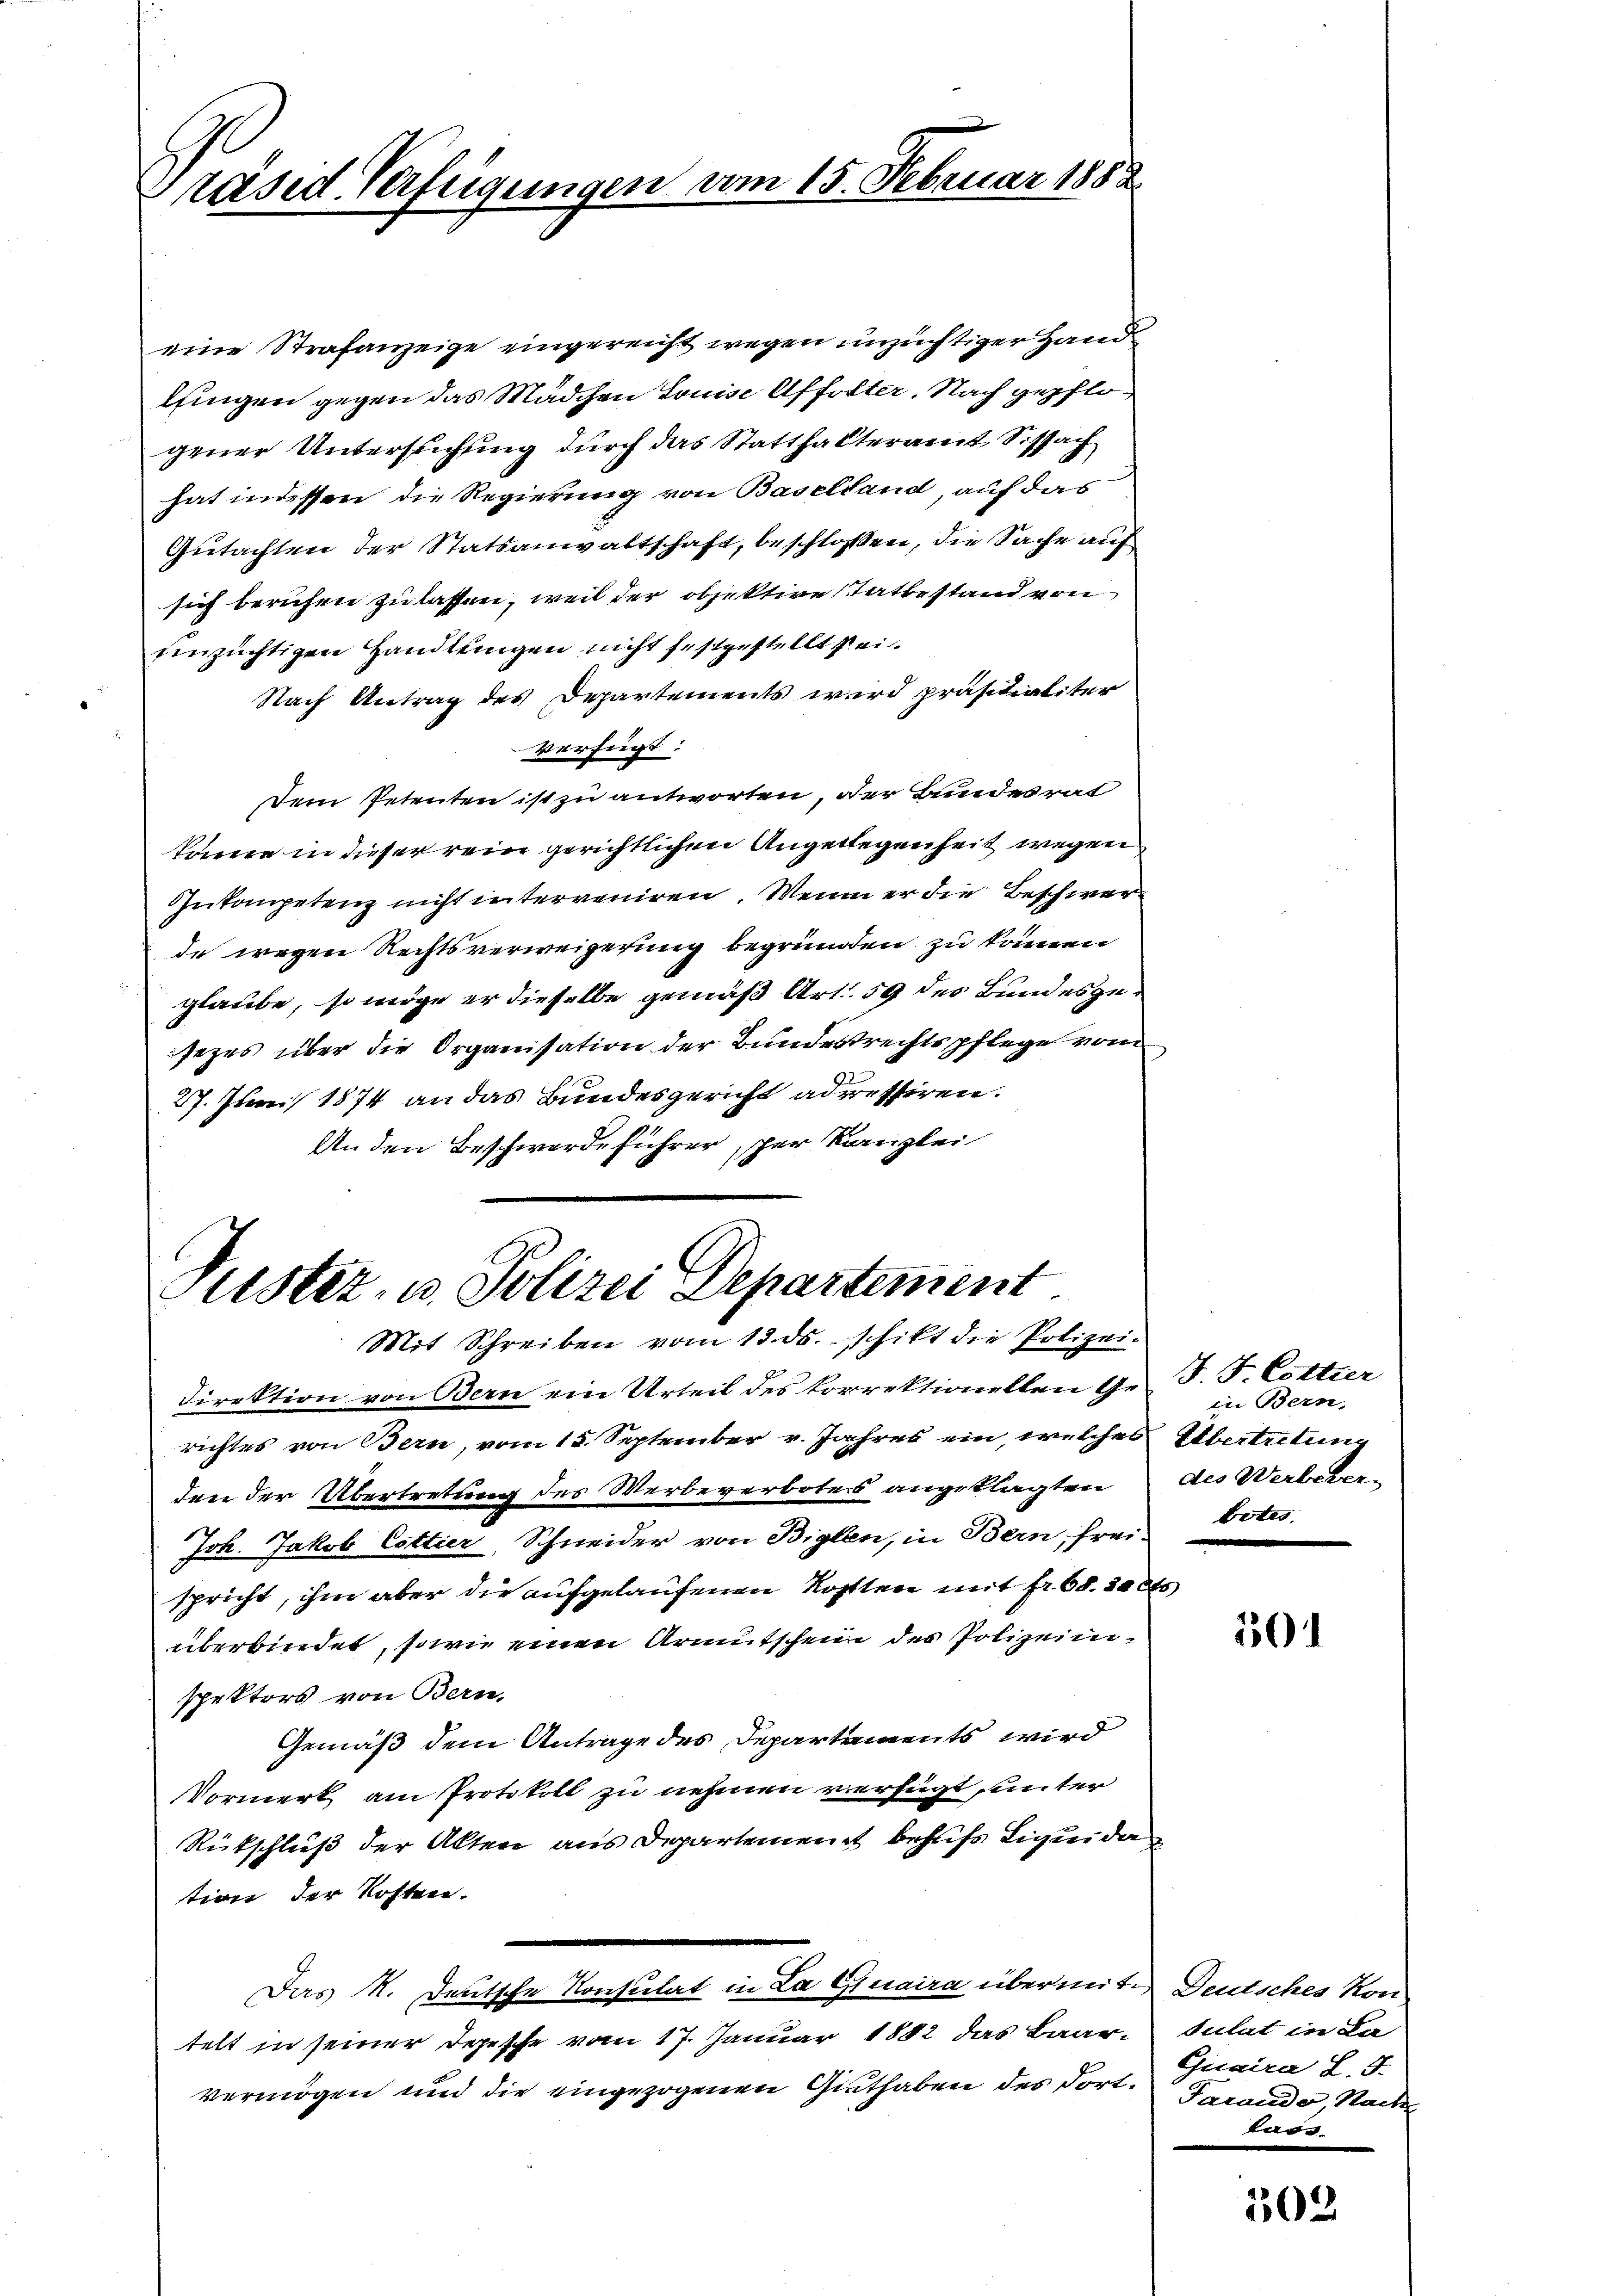
Präsid. Verfügungen vom 15. Februar 1888

eine Strafanzeige eingereicht wegen unzüchtiger Hand
lingen gegen das Mädchen Louise Affolter. Nach gepflogener Untersuchung durch das Statthalteramt Sissach
hat indessen die Regierung von Baselland, auf das
Gutachten der Statsanwaltschaft, beschlossen, die Sache auf
sich beruhen zu lassen, weil der objektire Tatbestand von
Einzüchtigen Handlungen nicht festgestellt sei.
Nach Antrag des Departements wird präsidialiter
Verfügt:
Dem Petenten ist zu antworten, der Bundesrat
könne in dieser rein gerichtlichen Angelegenheit wegen
Inkompetenz nicht interveniren. Wenn er die Beschwerde wegen Rechtsverweigerung begründen zu können
glaube, so möge er dieselbe gemäß Art. 59 des Bundesgesezes über die Organisation der Bundestrechtspflege vom
27. Juni 1874 an das Bundesgericht adressiren.
An den Beschwerdeführer, per Kanzlei

Pustiz- u. Polizei Departement
Mit Schreiben vom 13. ds. schikt die Polizei.

Direktion von Bern ein Urteil des korrektionellen Gerichtes von Bern, vom 15. September v. Jahres ein, welches Übertretung
den der Übertretung des Werbeverbotes angeklagten des Werbever¬
Joh. Jakob Cottier, Schneider von Biglen, in Bern, frei Votis.
spricht, ihm aber die aufgelaufenen Kosten mit fr. 68. 20 cts
überbindet, sowie einen Armutschein des Polizeinispektors von Bern.
Gemäß dem Antrage des Departements wird
Vormerk am Protokoll zu nehmen verfügt, unter
Rückschluß der Akten aus Departement behufs Liquida
tion der Kosten.
Das K. Deutsche Konsulat in La Cunaira übermite Deutsches Kontelt in seiner Depesche vom 17. Januar 1882 das Baar-Sulat in La
vermögen und die eingezogenen Guthaben des dort. Frando, Nach

J. F. Cottier
in Bern,

501

Guaira L. 5.
karre

302